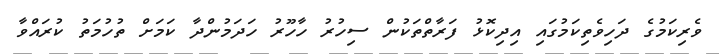
ވެރިކަމުގެ ދަހިވެތިކަމުގައި އިދިކޮޅު ފަރާތްތަކުން ސިހުރު ހާހޫރު ހަދަމުންދާ ކަމަށް ތުހުމަތު ކުރައްވާ